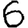
Digit: 6